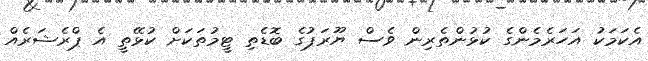
އެކަމަކު އަހަރެމެންގެ ކުޅުންތެރިން ވެސް ޔޫރަޕުގެ ބޮޑެތި ޓީމުތަކަށް ކުޅޭތީ އެ ޕްރެޝަރެއް